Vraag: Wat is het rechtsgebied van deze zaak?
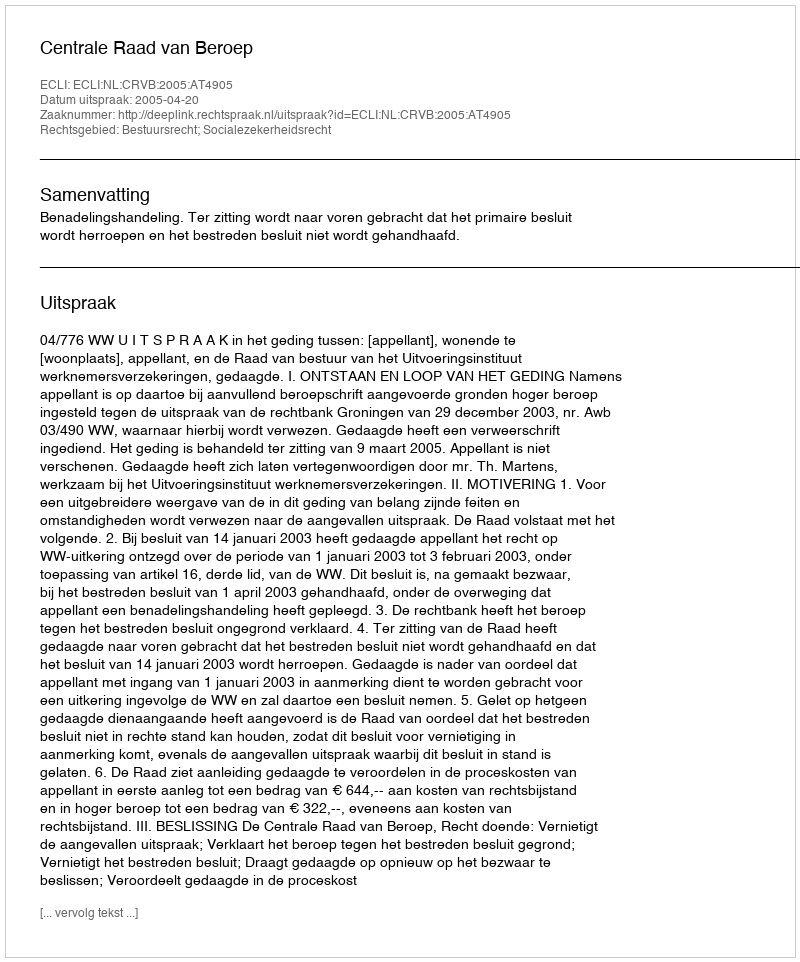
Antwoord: Bestuursrecht; Socialezekerheidsrecht